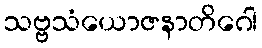
သဗ္ဗသံယောဇနာတိဂေါ